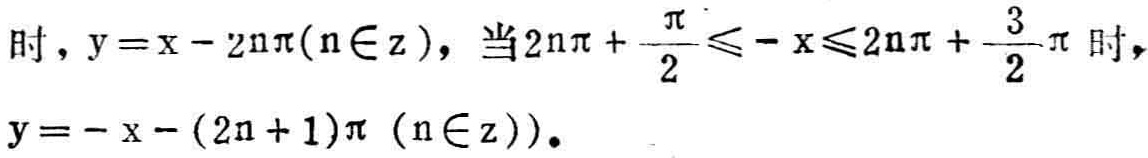
时，\(y = x - 2n\pi(n\in\mathbb{Z})\)，当\(2n\pi+\frac{\pi}{2}\leq -x\leq 2n\pi+\frac{3}{2}\pi\)时，
\(y = -x - (2n + 1)\pi(n\in\mathbb{Z})\)。